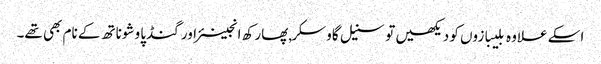
اسکے علاوہ بلیبازوں کو دیکھیں تو سنیل گاوسکر,پھارکھ انجینئر اور گنڈپا وشوناتھ کے نام بھی تھے۔